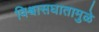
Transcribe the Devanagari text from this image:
विश्र्वासघातामुळे